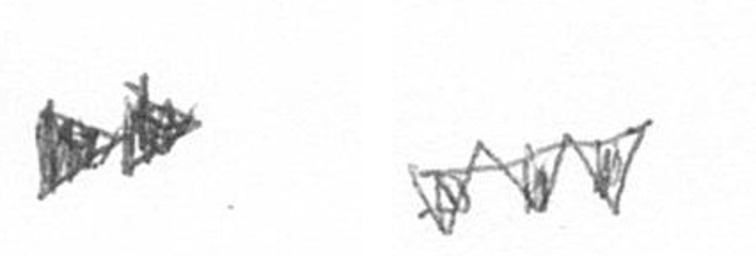
A L